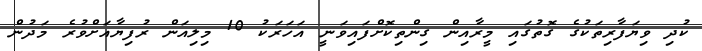
ކުދި ވިޔަފާރިތަކުގެ ގޮތުގައި މީރާއިން ގިންތިކޮށްފައިވަނީ އަހަރަކު 10 މިލިއަން ރުފިޔާއަށްވުރެ މަދުން